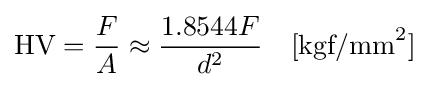
\mathrm {HV} ={\frac {F}{A}}\approx {\frac {1.8544F}{d^{2}}}\quad [{\textrm {kgf/mm}}^{2}]